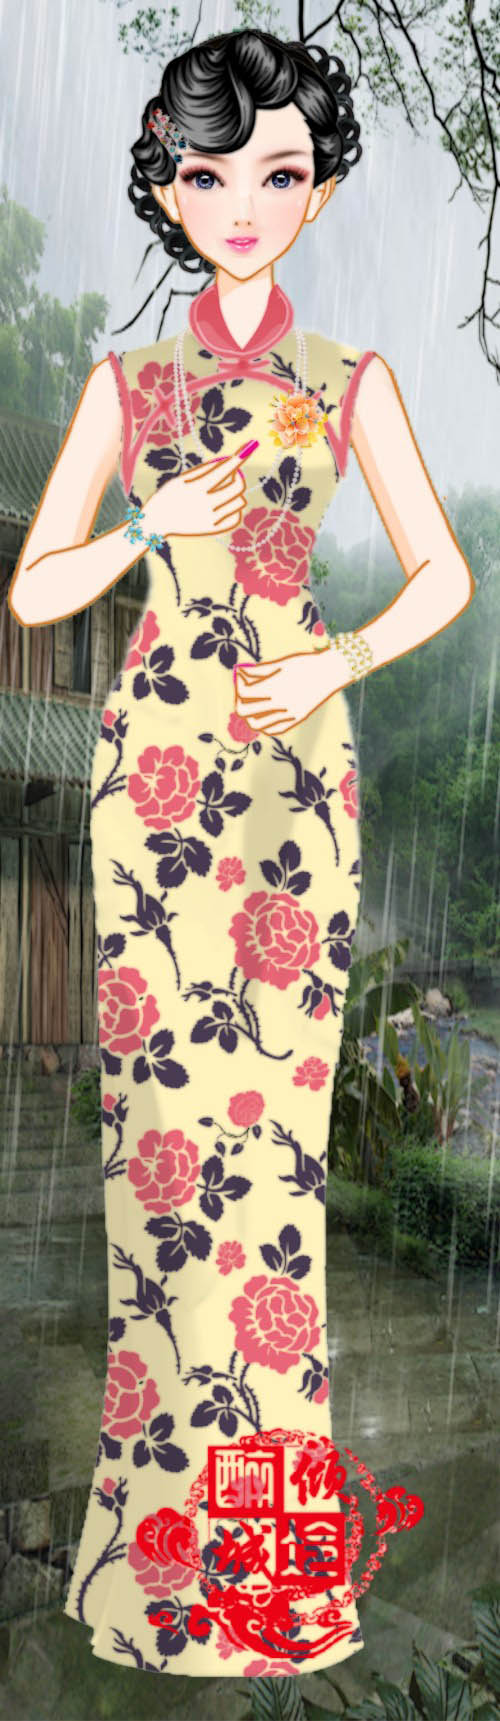
绛雪生凉，碧霞笼夜，小立中庭芜地。